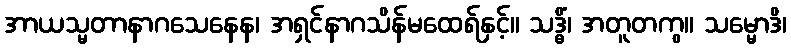
အာယသ္မတာနာဂသေနေန၊ အရှင်နာဂသိန်မထေရ်နှင့်။ သဒ္ဓိံ၊ အတူတကွ။ သမ္မောဒိ၊